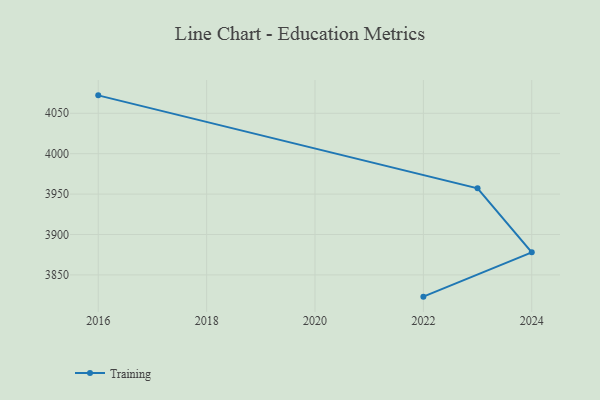
{"axis": {"x": "Year", "y": "Bounce Rate (%)"}, "legend": ["Training"], "data": [{"x": "2022", "y": 3823.1, "type": "Training"}, {"x": "2024", "y": 3877.9, "type": "Training"}, {"x": "2023", "y": 3957.1, "type": "Training"}, {"x": "2016", "y": 4072.2, "type": "Training"}]}